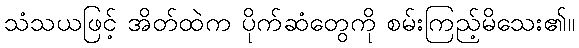
သံသယဖြင့် အိတ်ထဲက ပိုက်ဆံတွေကို စမ်းကြည့်မိသေး၏။